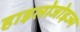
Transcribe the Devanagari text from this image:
हाइलोजोइज्म